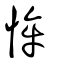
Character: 恈